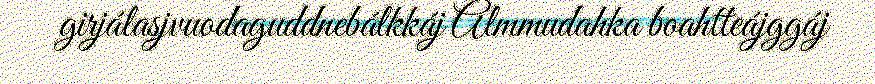
girjálasjvuodaguddnebálkkáj Almmudahka boahtteájggáj